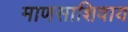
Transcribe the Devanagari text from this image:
माणसाशिवाय